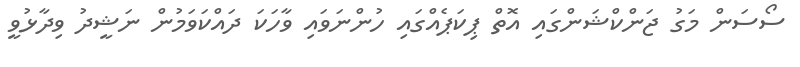
ސޯސަން މަގު ޖަންކްޝަންގައި އޮތް ޕިކަޕެއްގައި ހުންނަވައި ވާހަކަ ދައްކަވަމުން ނަޝީދު ވިދާޅުވީ